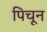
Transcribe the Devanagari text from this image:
पिचून